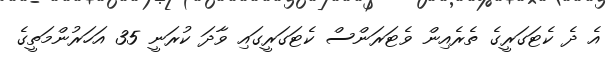
އެ ދެ ކެޓަގަރީގެ ތެރެއިން ވެޓަރަންސް ކެޓަގަރީގައި ވާދަ ކުރަނީ 35 އަހަރުންމަތީގެ